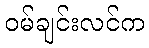
ဝမ်ချင်းလင်က